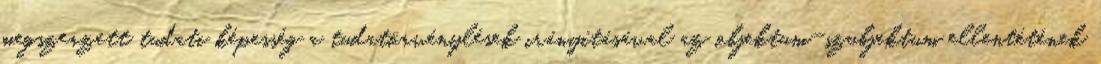
megszerzett tudati képesség a tudatörvénylések irányításával az objektum-szubjektum ellentétének